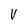
Character: V